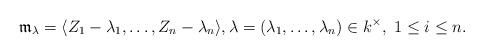
LaTeX: \begin{align*}\mathfrak{m}_{\lambda} = \langle Z_1 - \lambda_1, \dots, Z_n - \lambda_n\rangle, \lambda = (\lambda_1, \dots, \lambda_n) \in k^{\times}, \ 1 \leq i \leq n.\end{align*}